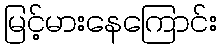
မြင့်မားနေကြောင်း